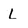
Character: L